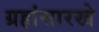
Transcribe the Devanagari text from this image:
ग्रहांसारखे